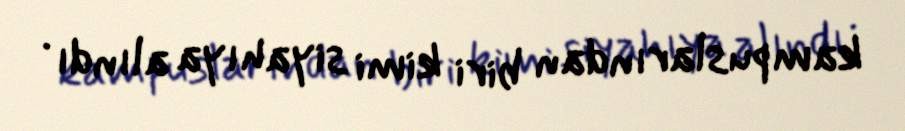
kampuslarından biri kimi siyahıya alındı .